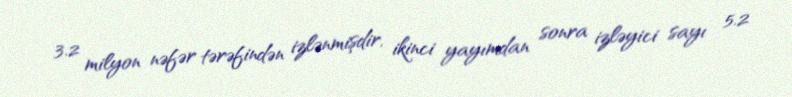
3.2 milyon nəfər tərəfindən izlənmişdir, ikinci yayımdan sonra izləyici sayı 5.2